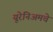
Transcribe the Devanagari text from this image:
यूरेनिअमचे